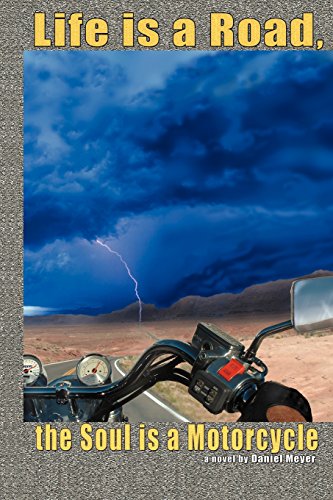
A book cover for Life is a Road, the Soul is a Motorcycle; Daniel Meyer; Travel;